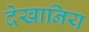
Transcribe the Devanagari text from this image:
देखानिय